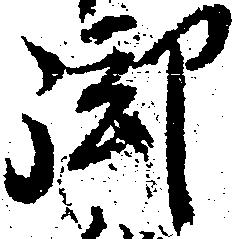
御